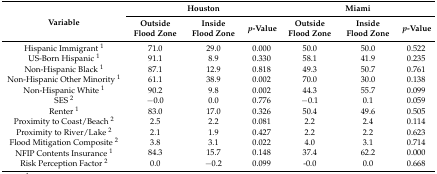
| <ROWSPAN=2> Variable | <COLSPAN=3> Houston | <COLSPAN=3> Miami |
 | Outside Flood Zone | Inside Flood Zone | p-Value | Outside Flood Zone | Inside Flood Zone | p-Value |
 | --- | --- | --- | --- | --- | --- | --- |
 | Hispanic Immigrant 1 | 71.0 | 29.0 | 0.000 | 50.0 | 50.0 | 0.522 |
 | US-Born Hispanic 1 | 91.1 | 8.9 | 0.330 | 58.1 | 41.9 | 0.235 |
 | Non-Hispanic Black 1 | 87.1 | 12.9 | 0.818 | 49.3 | 50.7 | 0.761 |
 | Non-Hispanic Other Minority 1 | 61.1 | 38.9 | 0.002 | 70.0 | 30.0 | 0.138 |
 | Non-Hispanic White 1 | 90.2 | 9.8 | 0.002 | 44.3 | 55.7 | 0.099 |
 | SES 2 | −0.0 | 0.0 | 0.776 | −0.1 | 0.1 | 0.059 |
 | Renter 1 | 83.0 | 17.0 | 0.326 | 50.4 | 49.6 | 0.505 |
 | Proximity to Coast/Beach 2 | 2.5 | 2.2 | 0.081 | 2.2 | 2.4 | 0.114 |
 | Proximity to River/Lake 2 | 2.1 | 1.9 | 0.427 | 2.2 | 2.2 | 0.623 |
 | Flood Mitigation Composite 2 | 3.8 | 3.1 | 0.022 | 4.0 | 3.1 | 0.714 |
 | NFIP Contents Insurance 1 | 84.3 | 15.7 | 0.148 | 37.4 | 62.2 | 0.000 |
 | Risk Perception Factor 2 | 0.0 | −0.2 | 0.099 | -0.0 | 0.0 | 0.668 |